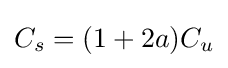
C_{s}=(1+2a)C_{u}